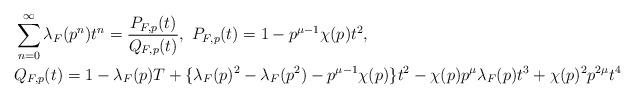
LaTeX: \begin{align*}&\sum_{n=0}^\infty\lambda_F(p^n)t^n=\frac{P_{F,p}(t)}{Q_{F,p}(t)},\ P_{F,p}(t)=1-p^{\mu-1}\chi(p)t^2,\\&Q_{F,p}(t)=1-\lambda_F(p)T+\{\lambda_F(p)^2-\lambda_F(p^2)-p^{\mu-1}\chi(p)\}t^2-\chi(p)p^{\mu}\lambda_F(p)t^3+\chi(p)^2p^{2\mu}t^4\end{align*}